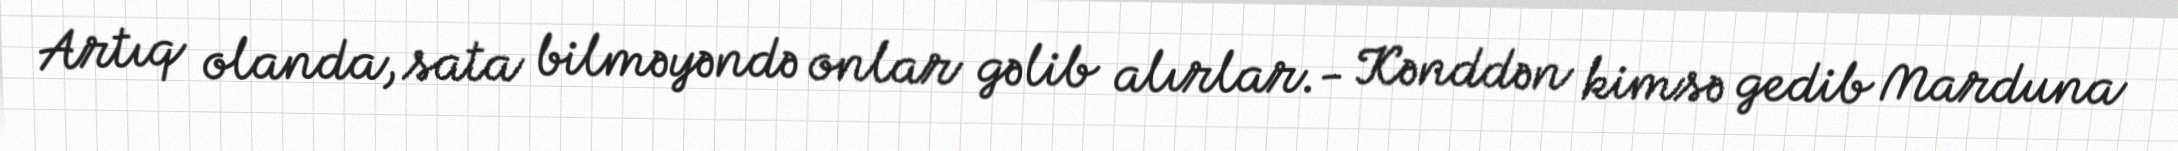
Artıq olanda, sata bilməyəndə onlar gəlib alırlar.- Kənddən kimsə gedib Marduna